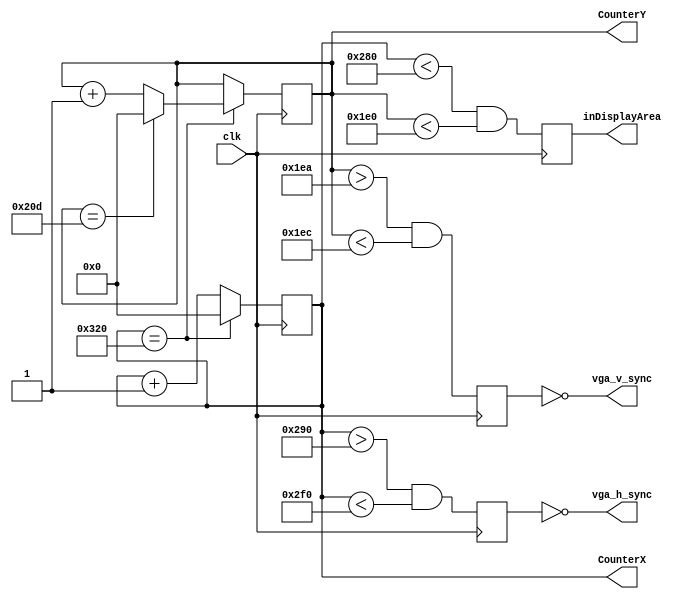
// This program was cloned from: https://github.com/matthewdelorenzo/CreativEval
// License: BSD 3-Clause "New" or "Revised" License

module top(
    input clk,
    output vga_h_sync,
    output vga_v_sync,
    output reg inDisplayArea,
    output reg [9:0] CounterX,
    output reg [9:0] CounterY
  );
    reg vga_HS, vga_VS;

    wire CounterXmaxed = (CounterX == 800); // 16 + 48 + 96 + 640
    wire CounterYmaxed = (CounterY == 525); // 10 + 2 + 33 + 480

    always @(posedge clk)
    if (CounterXmaxed)
      CounterX <= 0;
    else
      CounterX <= CounterX + 1;

    always @(posedge clk)
    begin
      if (CounterXmaxed)
      begin
        if(CounterYmaxed)
          CounterY <= 0;
        else
          CounterY <= CounterY + 1;
      end
    end

    always @(posedge clk)
    begin
      vga_HS <= (CounterX > (640 + 16) && (CounterX < (640 + 16 + 96)));   // active for 96 clocks
      vga_VS <= (CounterY > (480 + 10) && (CounterY < (480 + 10 + 2)));   // active for 2 clocks
    end

    always @(posedge clk)
    begin
        inDisplayArea <= (CounterX < 640) && (CounterY < 480);
    end

    assign vga_h_sync = ~vga_HS;
    assign vga_v_sync = ~vga_VS;

endmodule